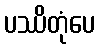
ပဿိတုံပေ